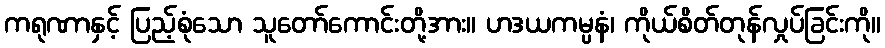
ကရုဏာနှင့် ပြည့်စုံသော သူတော်ကောင်းတို့အား။ ဟဒယကမ္ပနံ၊ ကိုယ်စိတ်တုန်လှုပ်ခြင်းကို။